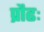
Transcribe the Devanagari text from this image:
प्रौढः